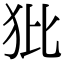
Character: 𤜻